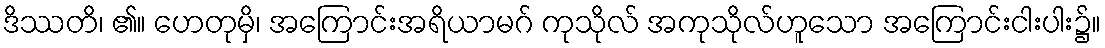
ဒိဿတိ၊ ၏။ ဟေတုမှိ၊ အကြောင်းအရိယာမဂ် ကုသိုလ် အကုသိုလ်ဟူသော အကြောင်းငါးပါး၌။